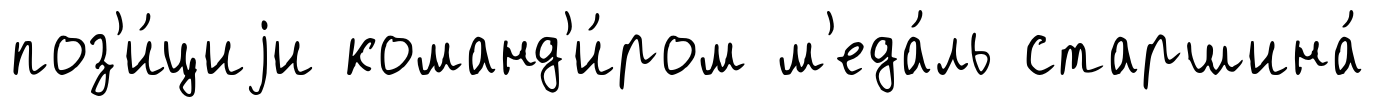
поз'и́циjи команд'и́ром м'еда́ль старшина́